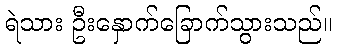
ရဲသား ဦးနှောက်ခြောက်သွားသည်။